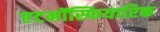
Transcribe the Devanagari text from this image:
एटमॉस्फियारिक